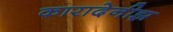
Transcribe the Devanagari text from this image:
कारादेनीझ़